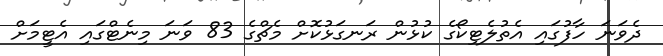
ދެވަނަ ހާފުގައި އެތުލެޓިކޯގެ ކުޅުން ރަނގަޅުކޮށް މެޗްގެ 83 ވަނަ މިނެޓްގައި އެޓީމަށް